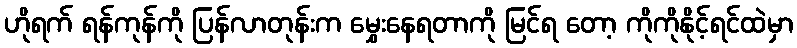
ဟိုရက် ရန်ကုန်ကို ပြန်လာတုန်းက မွှေးနေရတာကို မြင်ရ တော့ ကိုကိုနိုင့်ရင်ထဲမှာ